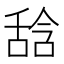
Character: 𱼳